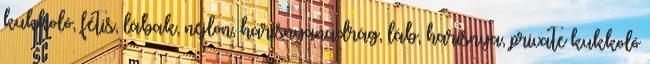
kukkoló, fétis, lábak, nejlon, harisnyanadrág, láb, harisnya, private kukkoló